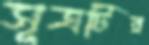
সূত্রটির